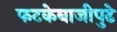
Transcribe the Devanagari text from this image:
फटकेबाजीपुढे